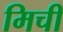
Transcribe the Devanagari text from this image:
मिची